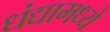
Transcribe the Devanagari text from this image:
धंद्यामध्ये